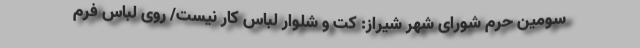
سومین حرم شورای شهر شیراز: کت و شلوار لباس کار نیست/ روی لباس فرم